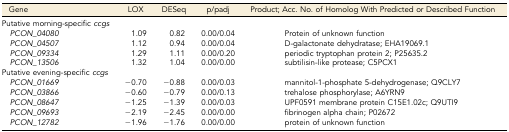
| Gene | LOX | DESeq | p/padj | Product; Acc. No. of Homolog With Predicted or Described Function |
 | --- | --- | --- | --- | --- |
 | Putative morning-specific ccgs |  |  |  |  |
 | PCON_04080 | 1.09 | 0.82 | 0.00/0.04 | Protein of unknown function |
 | PCON_04507 | 1.12 | 0.94 | 0.00/0.04 | D-galactonate dehydratase; EHA19069.1 |
 | PCON_09334 | 1.29 | 1.11 | 0.00/0.20 | periodic tryptophan protein 2; P25635.2 |
 | PCON_13506 | 1.32 | 1.04 | 0.00/0.00 | subtilisin-like protease; C5PCX1 |
 | Putative evening-specific ccgs |  |  |  |  |
 | PCON_01669 | −0.70 | −0.88 | 0.00/0.03 | mannitol-1-phosphate 5-dehydrogenase; Q9CLY7 |
 | PCON_03866 | −0.60 | −0.79 | 0.00/0.13 | trehalose phosphorylase; A6YRN9 |
 | PCON_08647 | −1.25 | −1.39 | 0.00/0.03 | UPF0591 membrane protein C15E1.02c; Q9UTI9 |
 | PCON_09693 | −2.19 | −2.45 | 0.00/0.00 | fibrinogen alpha chain; P02672 |
 | PCON_12782 | −1.96 | −1.76 | 0.00/0.00 | protein of unknown function |